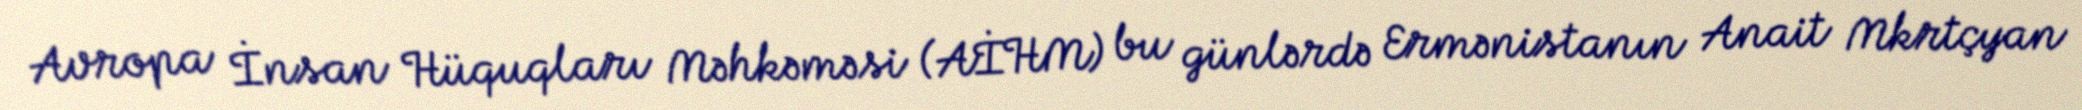
Avropa İnsan Hüquqları Məhkəməsi (AİHM) bu günlərdə Ermənistanın Anait Mkrtçyan